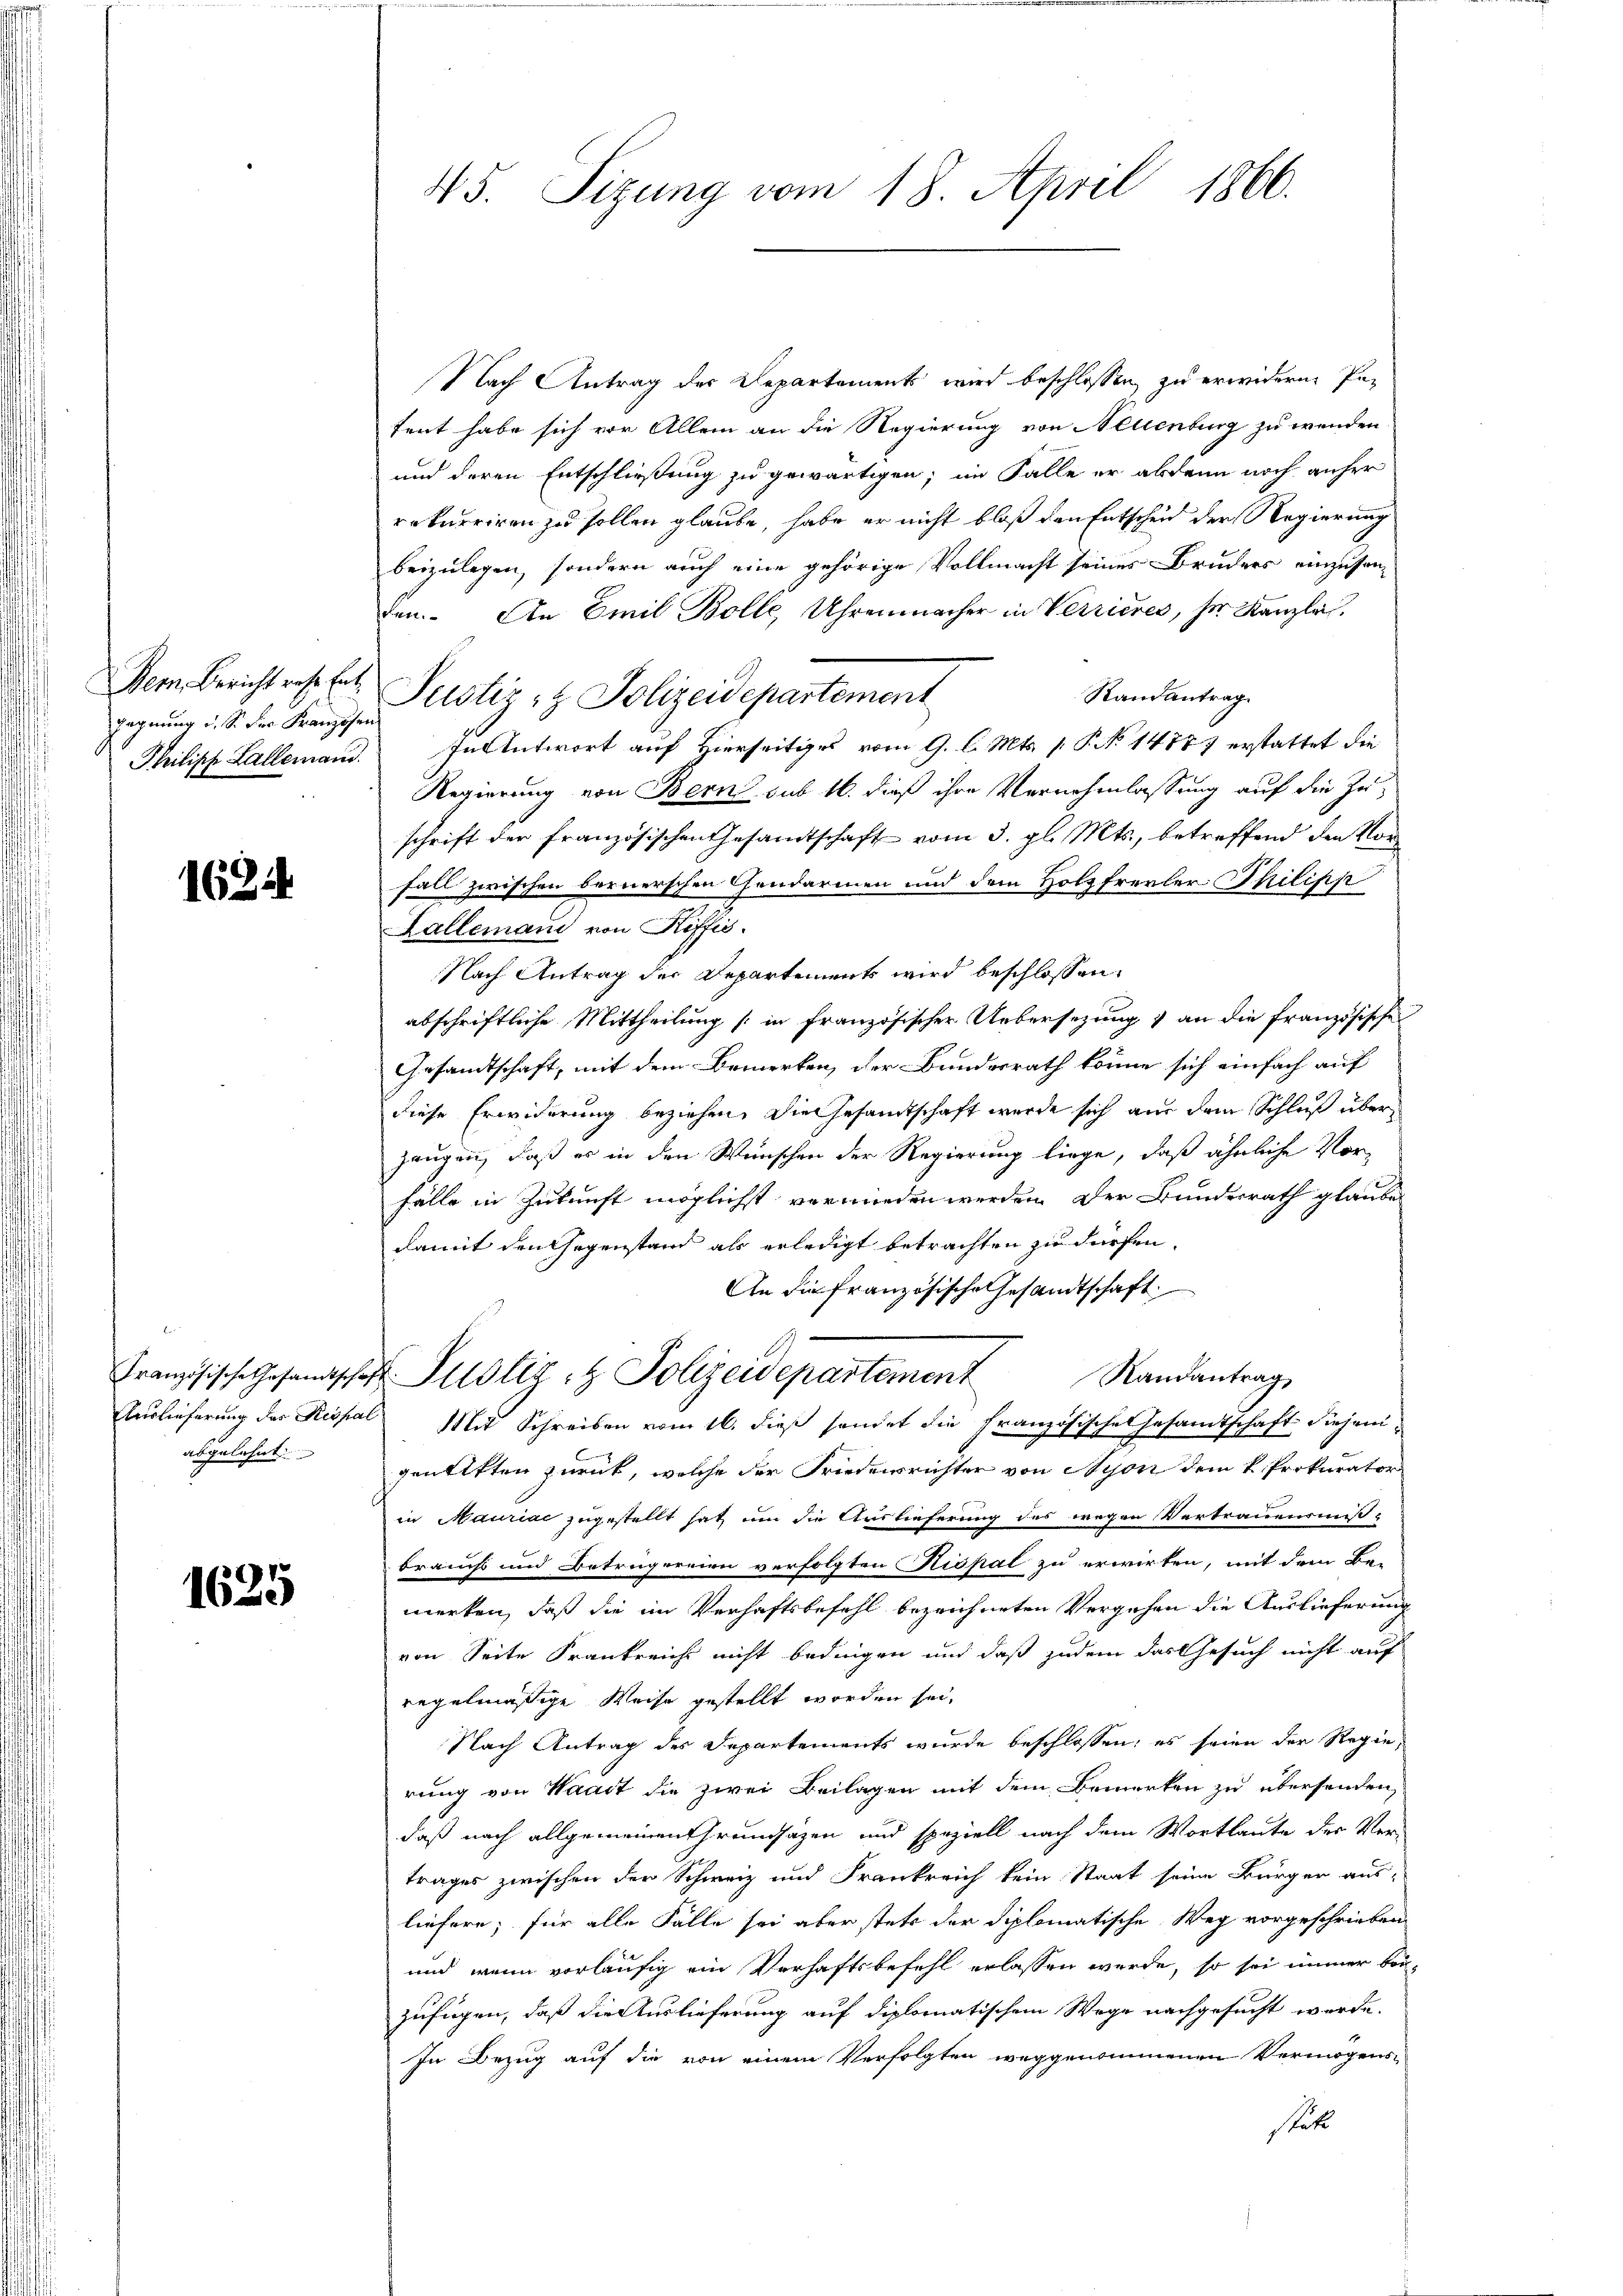
Dem Bericht rese Entgegnung i. S. der Franzosen

162

Französische Gesandtsche
Auslieferung des Respa
abgelehnt

1625

45. Sizung vom 18. April 1866.

Nach Antrag der Departements wird beschlossen, zu erwidern Patent habe sich vor Allem an die Regierung von Allenburg zu wenden
und deren Entschließung zu gewärtigen; im Falle er abdenn noch anher
rekurriren zu sollen glaube, habe er nicht bloß den Entscheid der Regierung
beizulegen, sondern auch eine gehörige Vollmacht seines Bruders einzusam-
fen. An Emil Bolle, Uhrenmacher in Verrieres, her Kanzlei.
Randantrag
Justiz- & Polizeidepartement
Philipp Lallemann. In Antwort auf Hierseitiges vom 9. l. Mts. [ P. No 14587 erstattet die
Regierung von Bern sub 16. dieß ihre Vernehmlassung auf die Zuschrift der französischen Gesamtschaft vom 3. gl. Mts., betreffend den Vor¬
Fall zwischen bernerschen Gendarmen und dem Holzfrevler Philipp
Lallemand von Riffis.
Nach Antrag der Departements wird beschlossen:
abschriftliche Mittheilung (in französischer Uebersezung) an die französische
Gesandtschaft, mit dem Bemerken, der Bundesrath könne sich einfach auf
diese Erwiderung beziehen, die Gesandtschaft werde sich aus dem Schluß überzeugen, daß es in den Wünschen der Regierung liege, daß ähnliche Vor¬
Fälle in Zukunft möglichst vermieden werden. Der Bundesrath glaube
damit den Gegenstand als erledigt betrachten zu dürfen.
An die französische Gesandtschaft
d Justiz & Polizeidepartement
Randantrag
u Mit Schreiben vom 16. dieß sendet die Französische Gesamtschaft diejeni¬
.
gentitten zurück, welche der Friederrichter von Nyon dem k. Prokurator
in Maurial zugestellt hat um die Auslieferung des wegen Vertrauensmißbrauch und Betrugereien verfolgten Kispal zu erwirken, mit dem Be-
merken, daß die im Verhaftsbefehl bezeichneten Vergehen die Auslieferung
von Seite Frankreich nicht bedingen und daß zudem das Gesuch nicht auf
regelmäßige Weise gestellt worden sei,
Nach Antrag des Departements wurde beschlossen; es seien der Regie,
rung von Waadt die zwei Beilagen mit dem Bemerken zu übersenden
daß nach allgemeinen Grundsäzen und speziell nach dem Wortlaute der Vertrages zwischen der Schweiz und Frankreich kein Staat seine Bürger aus-
liefern; für alle Fälle sei aber stets der diplomatische Weg vorgeschrieben
und wenn vorläufig ein Verhaftsbefehl erlassen werde, so sei immer beizufügen, daß die Auslieferung auf diplomatischem Wege nachgesucht werde.
In Bezug auf die von einem Verfolgten weggenommenen Vermögensstute